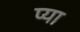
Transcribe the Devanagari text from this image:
प्या